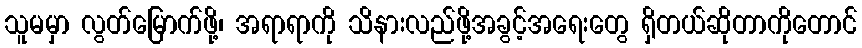
သူမမှာ လွတ်မြောက်ဖို့၊ အရာရာကို သိနားလည်ဖို့အခွင့်အရေးတွေ ရှိတယ်ဆိုတာကိုတောင်